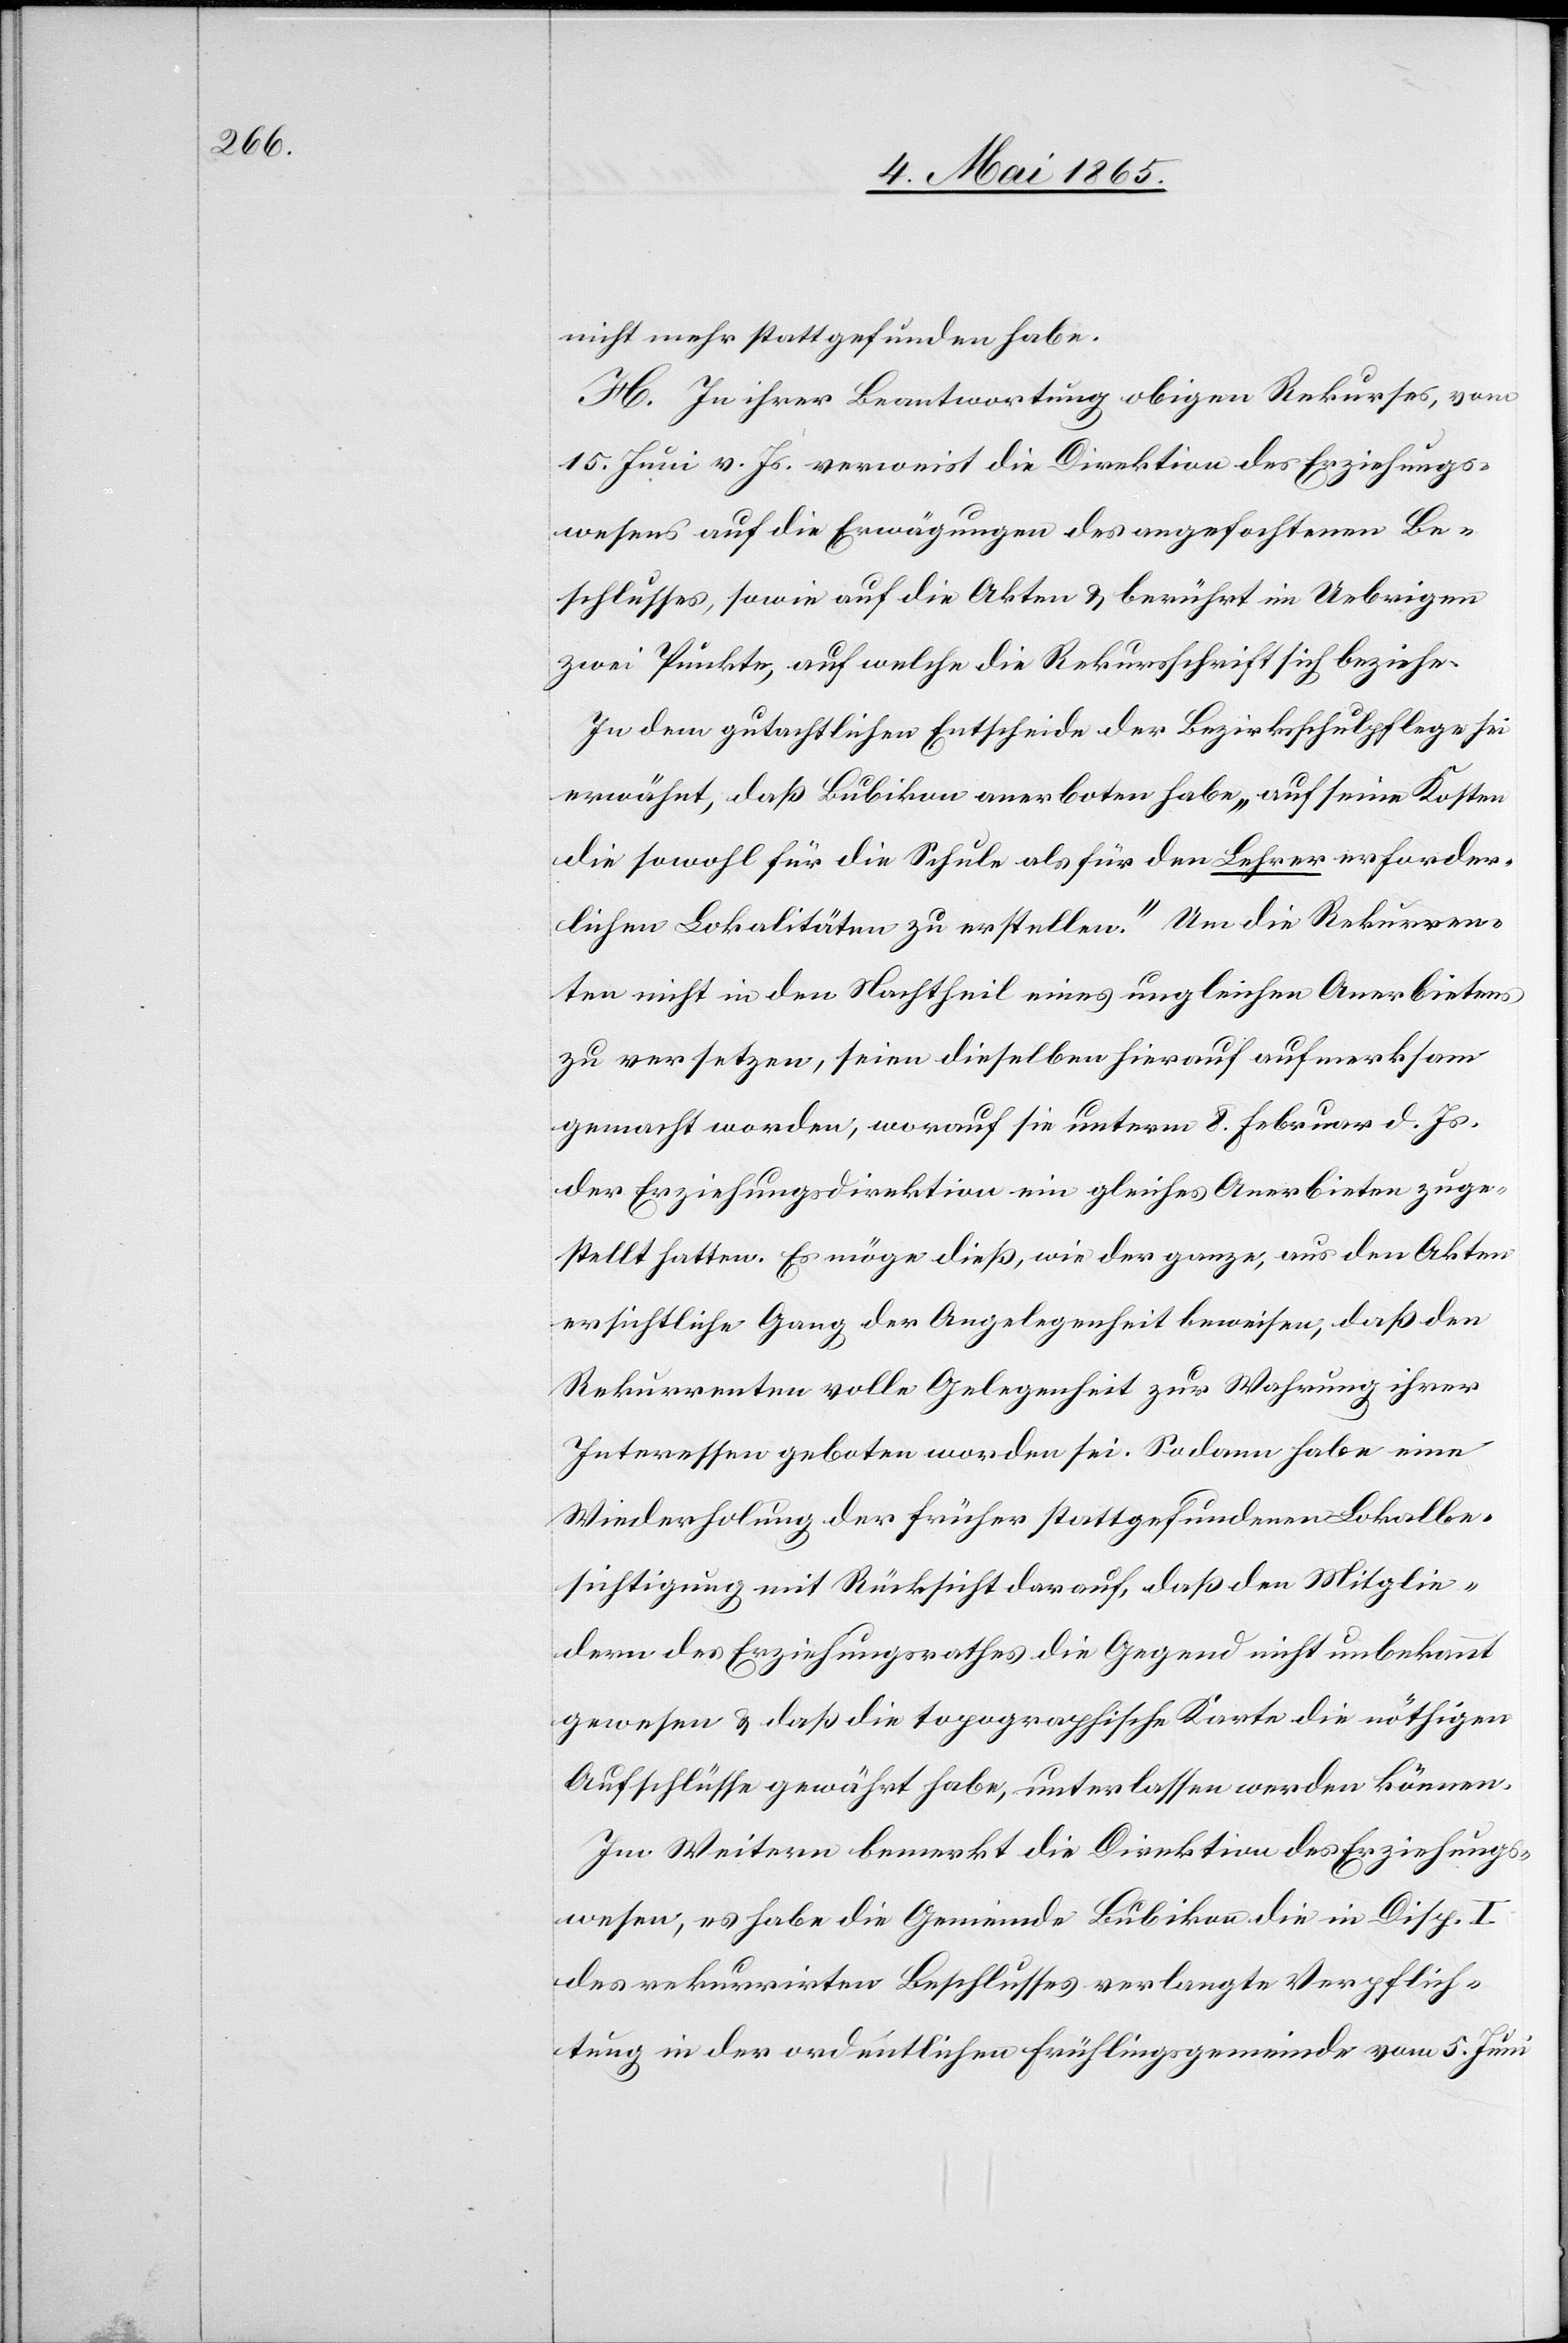
nicht mehr stattgefunden habe.
H. In ihrer Beantwortung obigen Rekurses, vom
15. Juni v. Js. verweist die Direktion des Erziehungs¬
wesens auf die Erwägungen des angefochtenen Be¬
schlusses, sowie auf die Akten & berührt im Uebrigen
zwei Punkte, auf welche die Rekursschrift sich beziehe.
In dem gutachtlichen Entscheide der Bezirksschulpflege sei
erwähnt, daß Bubikon anerboten habe „auf seine Kosten
die sowohl für die Schule als für den Lehrer erforder¬
lichen Lokalitäten zu erstellen.“ Um die Rekurren¬
ten nicht in den Nachtheil eines ungleichen Anerbietens
zu versetzen, seien dieselben hierauf aufmerksam
gemacht worden, worauf sie unterm 8. Februar d. Js.
der Erziehungsdirektion ein gleiches Anerbieten zuge¬
stellt hatten. Es möge dieß, wie der ganze, aus den Akten
ersichtliche Gang der Angelegenheit beweisen, daß den
Rekurrenten volle Gelegenheit zur Wahrung ihrer
Interessen geboten worden sei. Sodann habe eine
Wiederholung der früher stattgefundenen Lokalbe¬
sichtigung mit Rücksicht darauf, daß den Mitglie¬
dern des Erziehungsrathes die Gegend nicht unbekannt
gewesen & daß die topographische Karte die nöthigen
Aufschlüsse gewährt habe, unterlassen werden können.
Im Weitern bemerkt die Direktion des Erziehungs¬
wesens, es habe die Gemeinde Bubikon die in Disp. I
des rekurrirten Beschlusses verlangte Verpflich¬
tung in der ordentlichen Frühlingsgemeinde vom 5. Juni